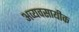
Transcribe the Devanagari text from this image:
अव्यवसायीक